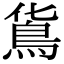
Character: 𩾹